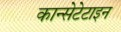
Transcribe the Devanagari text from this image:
कान्सेटेटाइन